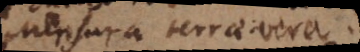
Mensura terrae vera.